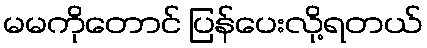
မမကိုတောင် ပြန်ပေးလို့ရတယ်